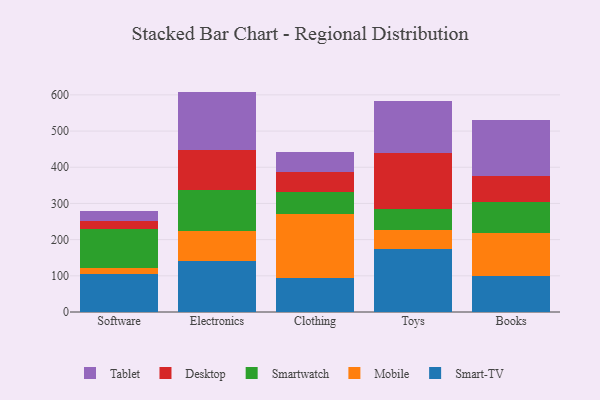
{"axis": {"x": "Category", "y": "Revenue (USD Million)"}, "legend": ["Desktop", "Mobile", "Smart-TV", "Smartwatch", "Tablet"], "data": [{"x": "Software", "y": 104.6, "type": "Smart-TV"}, {"x": "Software", "y": 18.1, "type": "Mobile"}, {"x": "Software", "y": 106.8, "type": "Smartwatch"}, {"x": "Software", "y": 21.1, "type": "Desktop"}, {"x": "Software", "y": 29.2, "type": "Tablet"}, {"x": "Electronics", "y": 139.9, "type": "Smart-TV"}, {"x": "Electronics", "y": 83.4, "type": "Mobile"}, {"x": "Electronics", "y": 114.7, "type": "Smartwatch"}, {"x": "Electronics", "y": 110.7, "type": "Desktop"}, {"x": "Electronics", "y": 160.4, "type": "Tablet"}, {"x": "Clothing", "y": 94.7, "type": "Smart-TV"}, {"x": "Clothing", "y": 176.8, "type": "Mobile"}, {"x": "Clothing", "y": 59.9, "type": "Smartwatch"}, {"x": "Clothing", "y": 56.2, "type": "Desktop"}, {"x": "Clothing", "y": 53.8, "type": "Tablet"}, {"x": "Toys", "y": 173.5, "type": "Smart-TV"}, {"x": "Toys", "y": 53.1, "type": "Mobile"}, {"x": "Toys", "y": 57.0, "type": "Smartwatch"}, {"x": "Toys", "y": 156.8, "type": "Desktop"}, {"x": "Toys", "y": 142.2, "type": "Tablet"}, {"x": "Books", "y": 98.6, "type": "Smart-TV"}, {"x": "Books", "y": 120.7, "type": "Mobile"}, {"x": "Books", "y": 83.9, "type": "Smartwatch"}, {"x": "Books", "y": 72.1, "type": "Desktop"}, {"x": "Books", "y": 154.7, "type": "Tablet"}]}